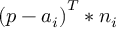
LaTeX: { \left( p - a _ { i } \right) } ^ { T } * n _ { i }